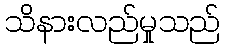
သိနားလည်မှုသည်